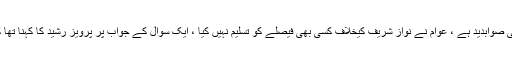
سابق وزیر نے کہا فیصلوں پر عمل کیا جاتا ہے ، تسلیم کرنا نہ کرنا عوام کی صوابدید ہے ، عوام نے نواز شریف کیخلاف کسی بھی فیصلے کو تسلیم نہیں کیا ، ایک سوال کے جواب پر پرویز رشید کا کہنا تھا کہ پارٹی کی قیادت وہی سنبھالے گا جسے نواز شریف اس قابل سمجھیں گے۔